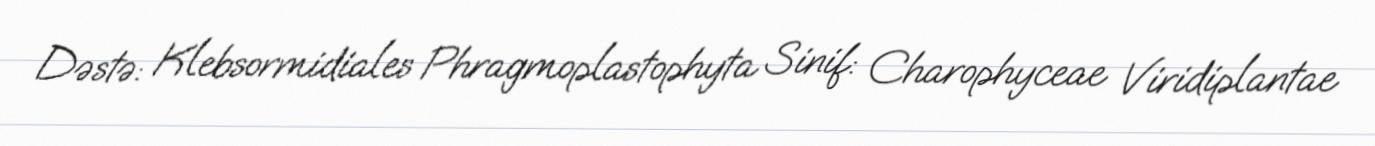
Dəstə: Klebsormidiales Phragmoplastophyta Sinif: Charophyceae Viridiplantae